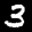
Label: 3